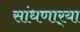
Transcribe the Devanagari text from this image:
सांधणार्‍या